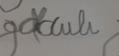
Signature authenticity: forged